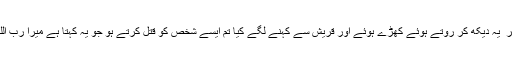
ابو بکر ؓ یہ دیکھ کر روتے ہوئے کھڑے ہوئے اور قریش سے کہنے لگے کیا تم ایسے شخص کو قتل کرتے ہو جو یہ کہتا ہے میرا رب اللہ ہے۔